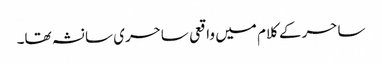
ساحر کے کلام میں واقعی ساحری سا نشہ تھا۔